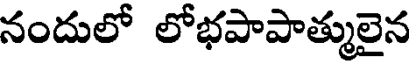
నందులో లోభపాపాత్ములైన